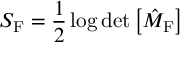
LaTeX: S _ { \mathrm { F } } = \frac { 1 } { 2 } \log \operatorname * { d e t } \left[ \hat { \cal M } _ { \mathrm { F } } \right]